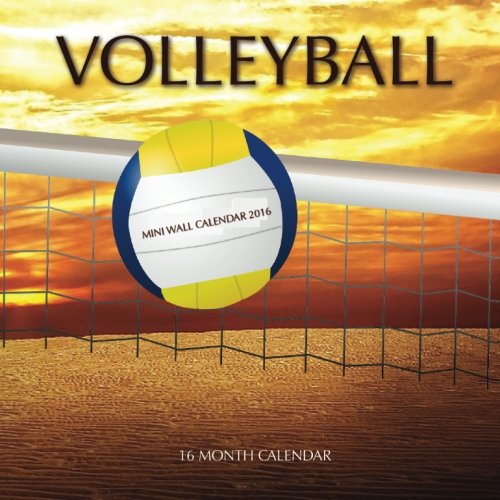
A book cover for Volleyball Mini Wall Calendar 2016: 16 Month Calendar; Jack Smith; Sports & Outdoors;